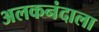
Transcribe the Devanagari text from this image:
अलकनंदाला